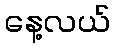
နေ့လယ်